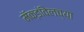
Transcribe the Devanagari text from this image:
मॅक्डॉवेलच्या